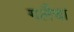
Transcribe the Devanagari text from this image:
गलैंचा